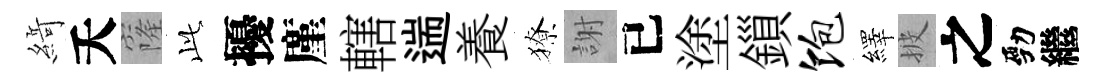
𦂶夭窿𬼘擾廑轄遄養獠謝已塗鎻饱繹披之勁繼